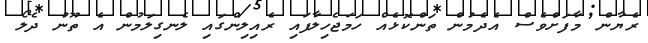
ރެޔާން މާފަށްވެސް އެދެމުން ތަންކޮޅެއް ހަމަޖެހިލާފައި ރެއިލިންގައި ލެނގިލަމުން އެ ތޫނު ދެލޯ